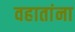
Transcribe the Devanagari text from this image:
वहातांना